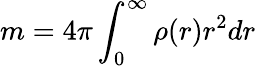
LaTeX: m=4\pi\int_{0}^{\infty}{\rho(r)r^{2}dr}